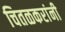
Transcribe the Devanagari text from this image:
चितळकरांनी